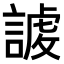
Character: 𧪤